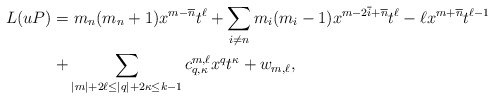
\begin{align*}L(uP) = &\ m_n (m_{n}+1)x^{m-\overline{n}} t^{\ell} + \sum_{i \neq n} m_i (m_i - 1) x^{m - 2 \overline{i} + \overline{n}} t^{\ell} - \ell x^{m+ \overline{n}} t^{\ell-1}\\ + & \sum_{|m| + 2 \ell \leq |q|+2\kappa\le k-1} c^{m , \ell}_{q, \kappa} x^q t^\kappa+ w_{m, \ell},\end{align*}